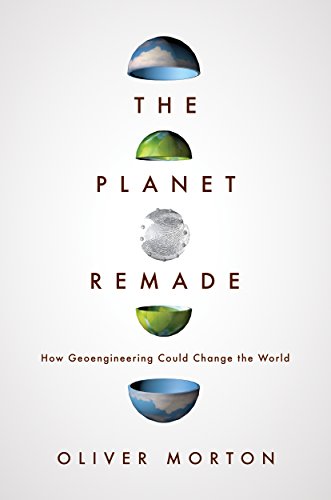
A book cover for The Planet Remade: How Geoengineering Could Change the World; Oliver Morton; Science & Math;